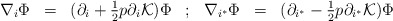
\begin{align*}\begin{array}{ccccccc}\nabla_i \Phi &=& (\partial_i + {1\over 2} p \partial_i {\cal K}) \Phi &; &\nabla_{i^*}\Phi &=&(\partial_{i^*}-{1\over 2} p \partial_{i^*} {\cal K})\Phi \cr\end{array}\end{align*}